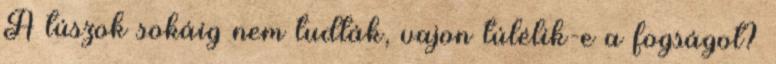
A túszok sokáig nem tudták, vajon túlélik-e a fogságot?